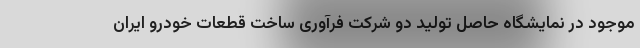
موجود در نمایشگاه حاصل تولید دو شرکت فرآوری ساخت قطعات خودرو ایران